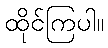
ထိုင်ကြပါ။